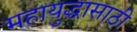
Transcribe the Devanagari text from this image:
महायुद्धासाठी